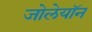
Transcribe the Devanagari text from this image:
जोलेयॉन